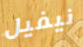
نيفيل